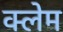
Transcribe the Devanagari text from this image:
क्‍लेम